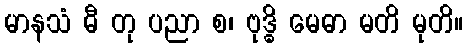
မာနသံ ဓီ တု ပညာ စ၊ ဗုဒ္ဓိ မေဓာ မတိ မုတိ။